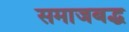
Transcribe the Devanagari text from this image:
समाजबद्ध